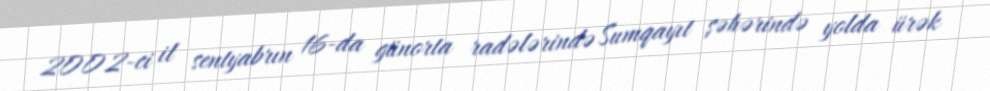
2002-ci il sentyabrın 16-da günorta radələrində Sumqayıt şəhərində yolda ürək